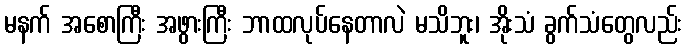
မနက် အစောကြီး အဖွားကြီး ဘာထလုပ်နေတာလဲ မသိဘူး၊ အိုးသံ ခွက်သံတွေလည်း